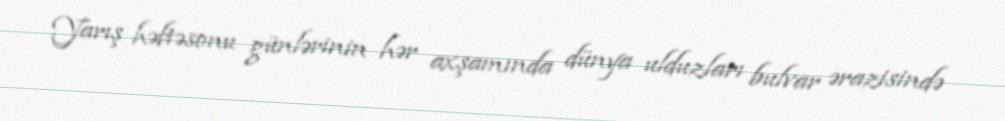
Yarış həftəsonu günlərinin hər axşamında dünya ulduzları bulvar ərazisində